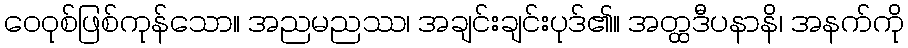
ဝေဝုစ်ဖြစ်ကုန်သော။ အညမညဿ၊ အချင်းချင်းပုဒ်၏။ အတ္ထဒီပနာနိ၊ အနက်ကို